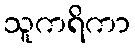
သူကရိကာ